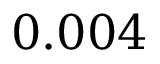
0 . 0 0 4